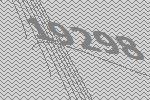
19298